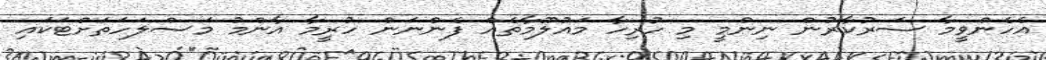
އެހެންވީމާ ސަރުކާރުން ނިންމީ މި ހުރިހާ މައުލޫމާތެއް ފެންނަން ހުރީމާ އާންމު މަސްލަހަތަށްޓަކައި